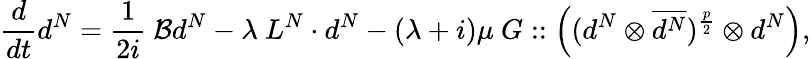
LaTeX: \frac{d}{dt}d^{N}=\frac{1}{2i}\ \mathcal{B}d^{N}-\lambda\ L^{N}\cdot d^{N}-(\lambda+i)\mu\ G::\left((d^{N}\otimes\overline{{d^{N}}})^{\frac{p}{2}}\otimes d^{N}\right),